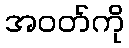
အဝတ်ကို